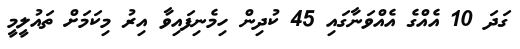
ގަދަ 10 އެއްގެ އެއްވަނާގައި 45 ކުދިން ހިމެނިފައިވާ އިރު މިކަމަށް ތައުލީމީ